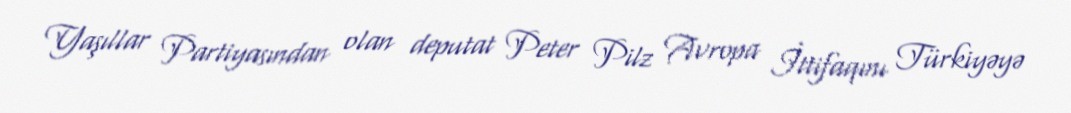
Yaşıllar Partiyasından olan deputat Peter Pilz Avropa İttifaqını Türkiyəyə